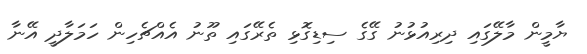
ޔާމީން މާލޭގައި ދިރިއުޅުނު ގޭގެ ސިޑިގޮޅި ތެރޭގައި ތޫނު އެއްޗެހިން ހަމަލާދީ އޭނާ